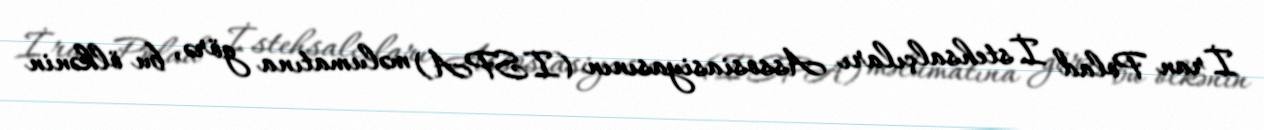
İran Polad İstehsalçıları Assosiasiyasının (ISPA) məlumatına görə, bu ölkənin